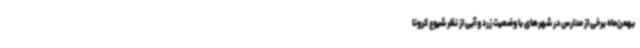
بهمن‌ماه برخی از مدارس در شهرهای با وضعیت زرد و آبی از نظر شیوع کرونا